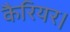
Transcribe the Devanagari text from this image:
कैरियर।